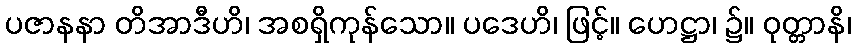
ပဇာနနာ တိအာဒီဟိ၊ အစရှိကုန်သော။ ပဒေဟိ၊ ဖြင့်။ ဟေဋ္ဌာ၊ ၌။ ဝုတ္တာနိ၊